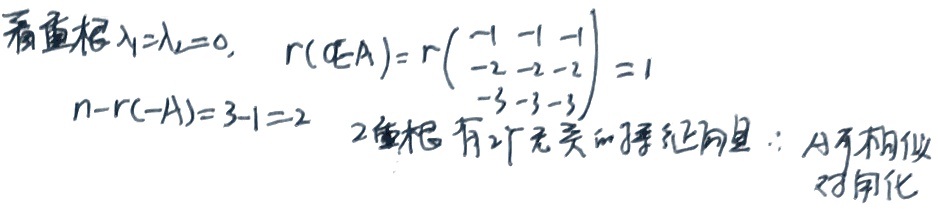
看重根$\lambda_1 = \lambda_2=0$，$r(0E - A)=r\begin{pmatrix}-1& -1& -1\\ -2& -2& -2\\ -3& -3& -3\end{pmatrix}=1$
$n - r(0 - A)=3 - 1 = 2$
2重根 有2个无关的特征向量：A不可相似
对角化